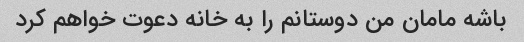
باشه مامان من دوستانم را به خانه دعوت خواهم کرد